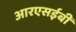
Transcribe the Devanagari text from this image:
आरएसईबी